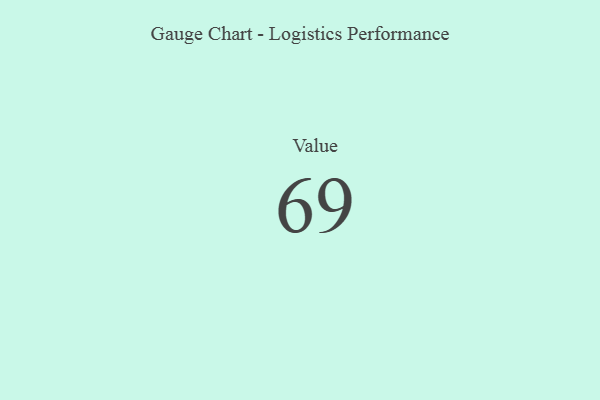
{"axis": {"x": "Metric", "y": "Value"}, "legend": [""], "data": [{"x": "Value", "y": 69, "type": ""}]}